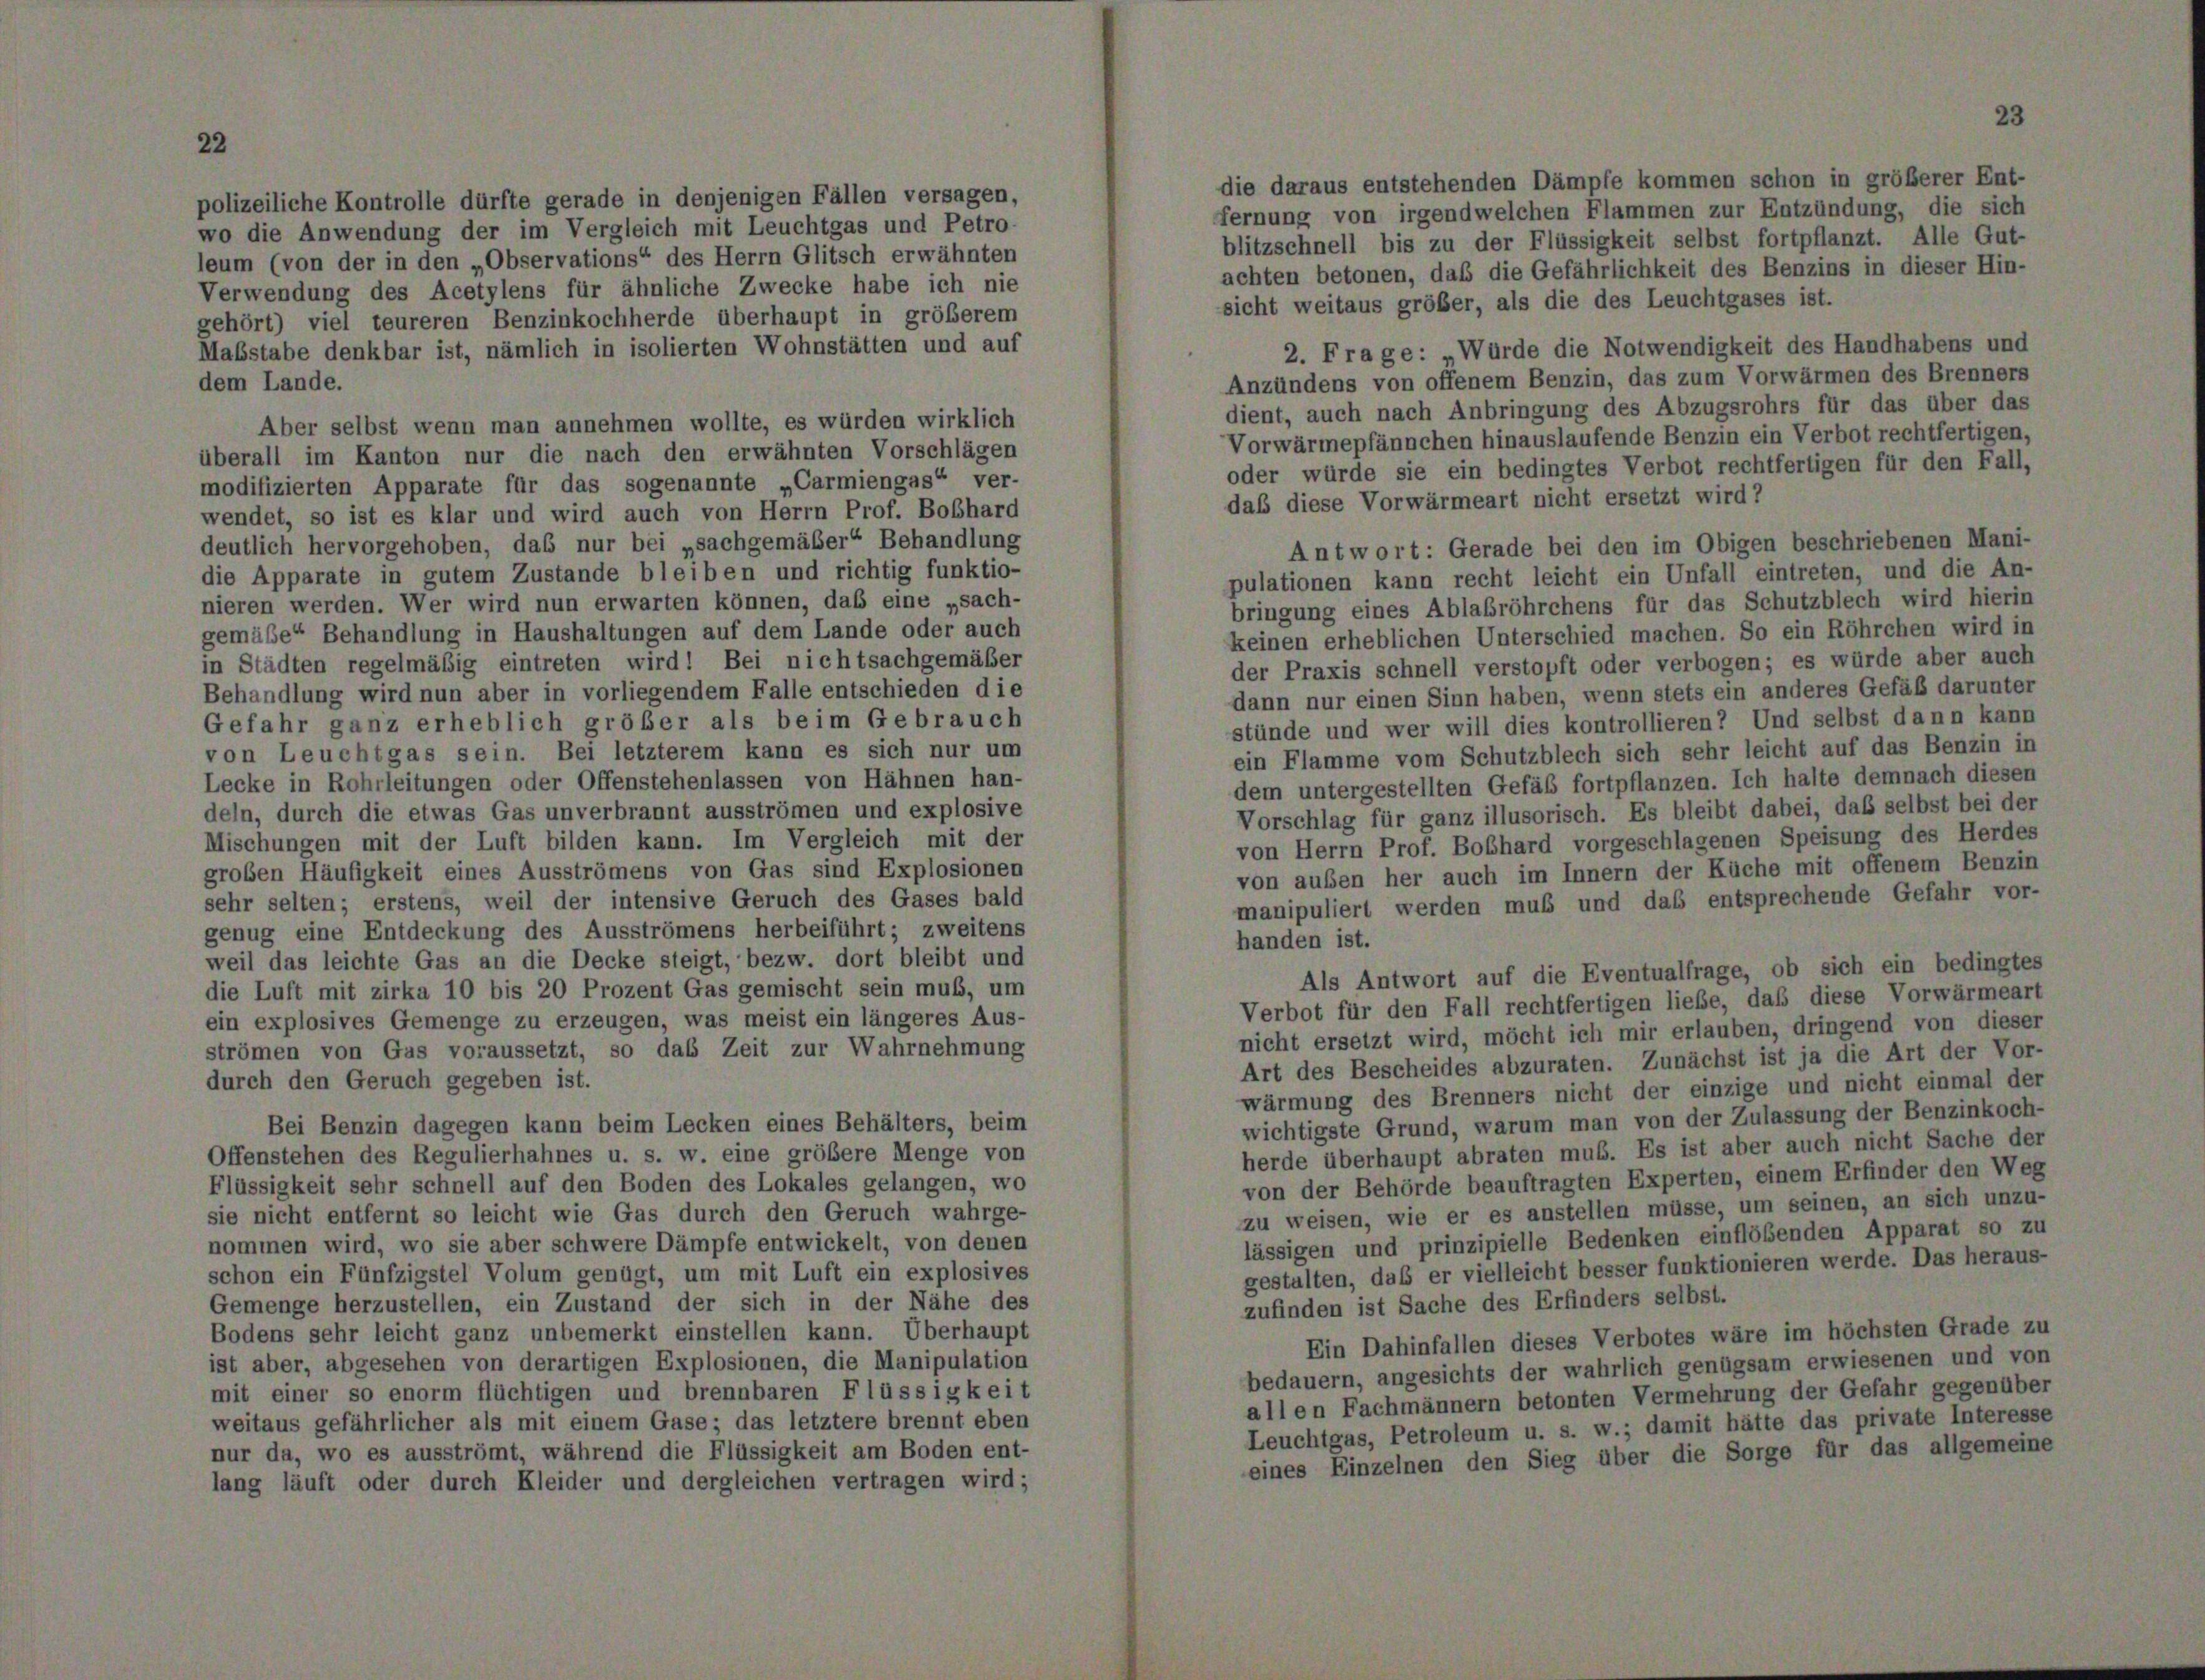
polizeiliche Kontrolle dürfte gerade in denjenigen Fällen versagen,
wo die Anwendung der im Vergleich mit Leuchtgas und Petro-
leum (von der in den „Observations“ des Herrn Glitsch erwähnten
Verwendung des Acetylens für ähnliche Zwecke habe ich nie
sicht weitaus größer, als die des Leuchtgases ist.
gehört) viel teureren Benzinkochherde überhaupt in größerem
2. Frage: „Wurde die Notwendigkeit des Handhabens und
Maßstabe denkbar ist, nämlich in isolierten Wohnstätten und auf
Anzündens von offenem Benzin, das zum Vorwärmen des Brenners
dem Lande.
dient, auch nach Anbringung des Abzugsrohrs für das über das
Aber selbst wenn man annehmen wollte, es würden wirklich
Vorwärmepfännchen hinauslaufende Benzin ein Verbot rechtfertigen,
überall im Kanton nur die nach den erwähnten Vorschlägen
oder würde sie ein bedingtes Verbot rechtfertigen für den Fall,
modifizierten Apparate für das sogenannte „Carmiengas“ ver-
daß diese Vorwärmeart nicht ersetzt wird?
wendet, so ist es klar und wird auch von Herrn Prof. Boßhard
deutlich hervorgehoben, das nur bei „sachgemäßer Behandlung
die Apparate in gutem Zustande bleiben und richtig funktio-
nieren werden. Wer wird nun erwarten können, das eine „sach-
bringung eines Ablabröhrchens für das Schutzblech wird hierin
gemäßer Behandlung in Haushaltungen auf dem Lande oder auch
keinen erheblichen Unterschied machen. So ein Röhrchen wird in
in Städten regelmäßig eintreten wird! Bei nichtsachgemäßer
der Praxis schnell verstopft oder verbogen; es würde aber auch
Behandlung wird nun aber in vorliegendem Falle entschieden die
dann nur einen Sinn haben, wenn stets ein anderes Gefäß darunter
Gefahr ganz erheblich größer als beim Gebrauch
stünde und wer will dies kontrollieren? Und selbst dann kann
von Leuchtgas sein. Bei letzterem kann es sich nur um
ein Flamme vom Schutzblech sich sehr leicht auf das Benzin in
Lecke in Rohrleitungen oder Offenstehenlassen von Hähnen han-
dem untergestellten Gefäß fortpflanzen. Ich halte demnach diesen
deln, durch die etwas Gas unverbrannt ausströmen und explosive
Vorschlag für ganz illusorisch. Es bleibt dabei, daß selbst bei der
Mischungen mit der Luft bilden kann. Im Vergleich mit der
von Herrn Prof. Boßhard vorgeschlagenen Speisung des Herdes
groben Häufigkeit eines Ausströmens von Gas sind Explosionen
von außen her auch im Innern der Küche mit offenem Benzin
sehr selten; erstens, weil der intensive Geruch des Gases bald
manipuliert werden muß und das entsprechende Gefahr vor-
genug eine Entdeckung des Ausströmens herbeiführt; zweitens
handen ist.
weil das leichte Gas an die Decke steigt, bezw. dort bleibt und
Als Antwort auf die Eventualfrage, ob sich ein bedingtes
die Luft mit zirka 10 bis 20 Prozent Gas gemischt sein muß, um
Verbot für den Fall rechtfertigen liebe, daß diese Vorwärmeart
ein explosives Gemenge zu erzeugen, was meist ein längeres Aus-
nicht ersetzt wird, möcht ich mir erlauben, dringend von dieser
strömen von Gas voraussetzt, so das Zeit zur Wahrnehmung
Art des Bescheides abzuraten. Zunächst ist ja die Art der Vor-
durch den Geruch gegeben ist.
wärmung des Brenners nicht der einzige und nicht einmal der
wichtigste Grund, warum man von der Zulassung der Benzinkoch-
Bei Benzin dagegen kann beim Lecken eines Behälters, beim
herde überhaupt abraten muß. Es ist aber auch nicht Sache der
Offenstehen des Regulierhahnes u. s. w. eine größere Menge von
von der Behörde beauftragten Experten, einem Erfinder den Weg
Flüssigkeit sehr schnell auf den Boden des Lokales gelangen, wo
zu weisen, wie er es anstellen müsse, um seinen, an sich unzu-
sie nicht entfernt so leicht wie Gas durch den Geruch wahrge-
lässigen und prinzipielle Bedenken einflößenden Apparat so zu
nommen wird, wo sie aber schwere Dämpfe entwickelt, von denen
gestalten, daß er vielleicht besser funktionieren werde. Das heraus-
schon ein Fünfzigstel Volum genügt, um mit Luft ein explosives
zufinden ist Sache des Erfinders selbst.
Gemenge herzustellen, ein Zustand der sich in der Nähe des
Bodens sehr leicht ganz unbemerkt einstellen kann. Überhaupt
Ein Dahinfallen dieses Verbotes wäre im höchsten Grade zu
ist aber, abgesehen von derartigen Explosionen, die Manipulation
bedauern, angesichts der wahrlich genügsam erwiesenen und von
mit einer so enorm flüchtigen und brennbaren Flüssigkeit
allen Fachmännern betonten Vermehrung der Gefahr gegenüber
weitaus gefährlicher als mit einem Gase; das letztere brennt eben
Leuchtgas, Petroleum u. s. w.; damit hätte das private Interesse
nur da, wo es ausströmt, während die Flüssigkeit am Boden ent-
eines Einzelnen den Sieg über die Sorge für das allgemeine
lang läuft oder durch Kleider und dergleichen vertragen wird;

die daraus entstehenden Dämpfe kommen schon in größerer Ent-
fernung von irgendwelchen Flammen zur Entzündung, die sich
blitzschnell bis zu der Flüssigkeit selbst fortpflanzt. Alle Gut
achten betonen, daß die Gefährlichkeit des Benzins in dieser Hin-

Antwort: Gerade bei den im Obigen beschriebenen Mani-
pulationen kann recht leicht ein Unfall eintreten, und die An-